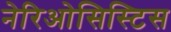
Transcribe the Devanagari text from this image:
नेरिओसिस्टिस